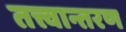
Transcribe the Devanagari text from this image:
तत्त्वान्तरण